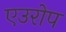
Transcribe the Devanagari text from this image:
एउरोप